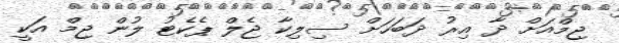
ޖިމްއަށް ދާ އިރު ދަބަހަށް ސިލިކާ ޖެލް ޕެކެޓު ލުން ޖިމް އަކީ